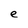
Character: e